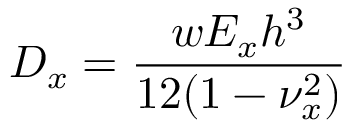
D _ { x } = \frac { w E _ { x } h ^ { 3 } } { 1 2 ( 1 - \nu _ { x } ^ { 2 } ) }